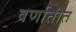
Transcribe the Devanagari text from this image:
वर्णातीत